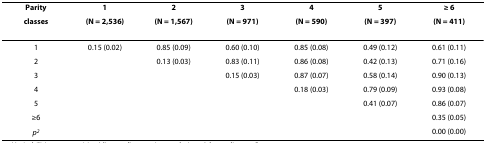
| Parity | 1 | 2 | 3 | 4 | 5 | ≥ 6 |
 | classes | (N = 2,536) | (N = 1,567) | (N = 971) | (N = 590) | (N = 397) | (N = 411) |
 | --- | --- | --- | --- | --- | --- | --- |
 | 1 | 0.15 (0.02) | 0.85 (0.09) | 0.60 (0.10) | 0.85 (0.08) | 0.49 (0.12) | 0.61 (0.11) |
 | 2 |  | 0.13 (0.03) | 0.83 (0.11) | 0.86 (0.08) | 0.42 (0.13) | 0.71 (0.16) |
 | 3 |  |  | 0.15 (0.03) | 0.87 (0.07) | 0.58 (0.14) | 0.90 (0.13) |
 | 4 |  |  |  | 0.18 (0.03) | 0.79 (0.09) | 0.93 (0.08) |
 | 5 |  |  |  |  | 0.41 (0.07) | 0.86 (0.07) |
 | ≥6 |  |  |  |  |  | 0.35 (0.05) |
 | p2 |  |  |  |  |  | 0.00 (0.00) |